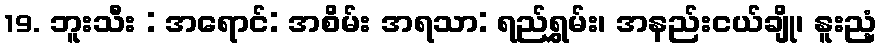
19. ဘူးသီး : အရောင်: အစိမ်း အရသာ: ရည်ရွှမ်း၊ အနည်းငယ်ချို၊ နူးညံ့